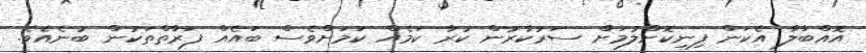
އޮއްބާލާ އެކަން ފިނިކޮށްލުމަށް ސަރުކާރުން ކުރާ ކަމެއް ކަމަށްވެސް ބައެއް ފަރާތްތަކުން ބުނެއެވެ.